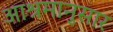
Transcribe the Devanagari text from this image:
आश्रमानुसार